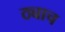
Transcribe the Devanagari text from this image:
ठ्याच